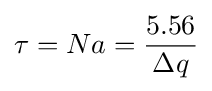
\tau =Na={\frac {5.56}{\Delta q}}